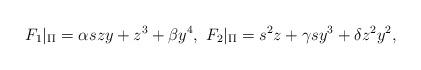
LaTeX: \begin{align*}F_1|_{\Pi} = \alpha s z y + z^3 + \beta y^4, \ F_2|_{\Pi} = s^2 z + \gamma s y^3 + \delta z^2 y^2,\end{align*}